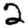
Digit: 2